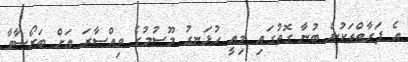
އެ ފަރާތްތަކުން ބުނާ ގޮތުގައި މިއީ ހުޅަނގު މޫސުމުގެ ވިއްސާރަ އަށް ބަރޯސާވާ